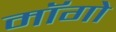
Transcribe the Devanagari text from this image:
माॅगो